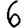
Digit: 6